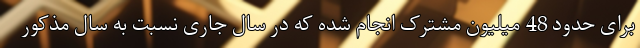
برای حدود 48 میلیون مشترک انجام شده که در سال جاری نسبت به سال مذکور